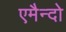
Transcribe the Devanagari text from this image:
एमैन्दो